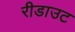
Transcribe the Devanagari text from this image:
रीडाउट